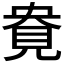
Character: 𰴎